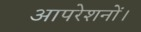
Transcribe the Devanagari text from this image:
आपरेशनों।